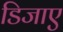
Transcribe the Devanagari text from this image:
डिजाए